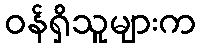
ဝန်ရှိသူများက